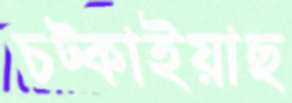
চট্‌কাইয়াছ